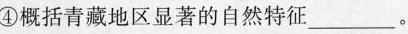
④概括青藏地区显著的自然特征___。